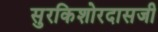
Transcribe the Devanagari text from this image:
सुरकिशोरदासजी